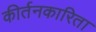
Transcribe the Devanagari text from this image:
कीर्तनकारिता